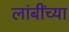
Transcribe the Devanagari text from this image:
लांबींच्या